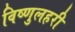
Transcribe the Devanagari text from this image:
विष्णुलहरी